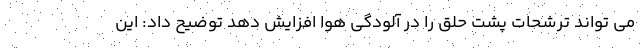
می تواند ترشحات پشت حلق را در آلودگی هوا افزایش دهد توضیح داد: این